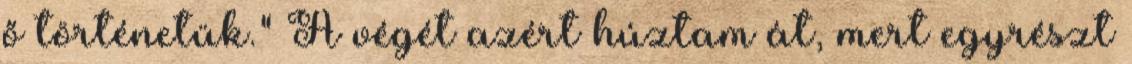
ő történetük." A végét azért húztam át, mert egyrészt